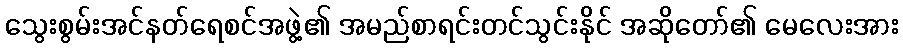
သွေးစွမ်းအင်နတ်ရေစင်အဖွဲ့၏ အမည်စာရင်းတင်သွင်းနိုင် အဆိုတော်၏ မေလေးအား